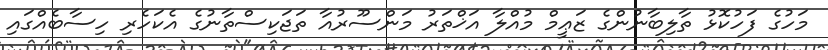
މަހުގެ ފަހުކޮޅު ތާލިބާނުންގެ ޒަޢީމް މުއްލާ އަޚްތަރު މަންސޫރުއާ ތަޖަކިސްތާނުގެ އެކަހެރި ހިސާބެއްގައި